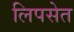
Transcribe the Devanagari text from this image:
लिपसेत